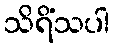
သိရိံသပါ